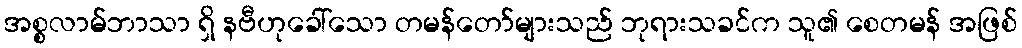
အစ္စလာမ်ဘာသာ ရှိ နဗီဟုခေါ်သော တမန်တော်များသည် ဘုရားသခင်က သူ၏ စေတမန် အဖြစ်